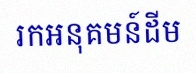
រកអនុគមន៍ដើម